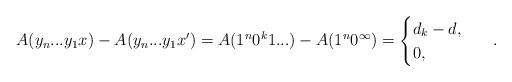
LaTeX: \begin{align*}A(y_n...y_1 x) - A(y_n...y_1x') = A(1^n 0^k 1...)-A(1^n 0^\infty) = \begin{cases}d_k - d,\ \\0,\ \end{cases}\ .\end{align*}